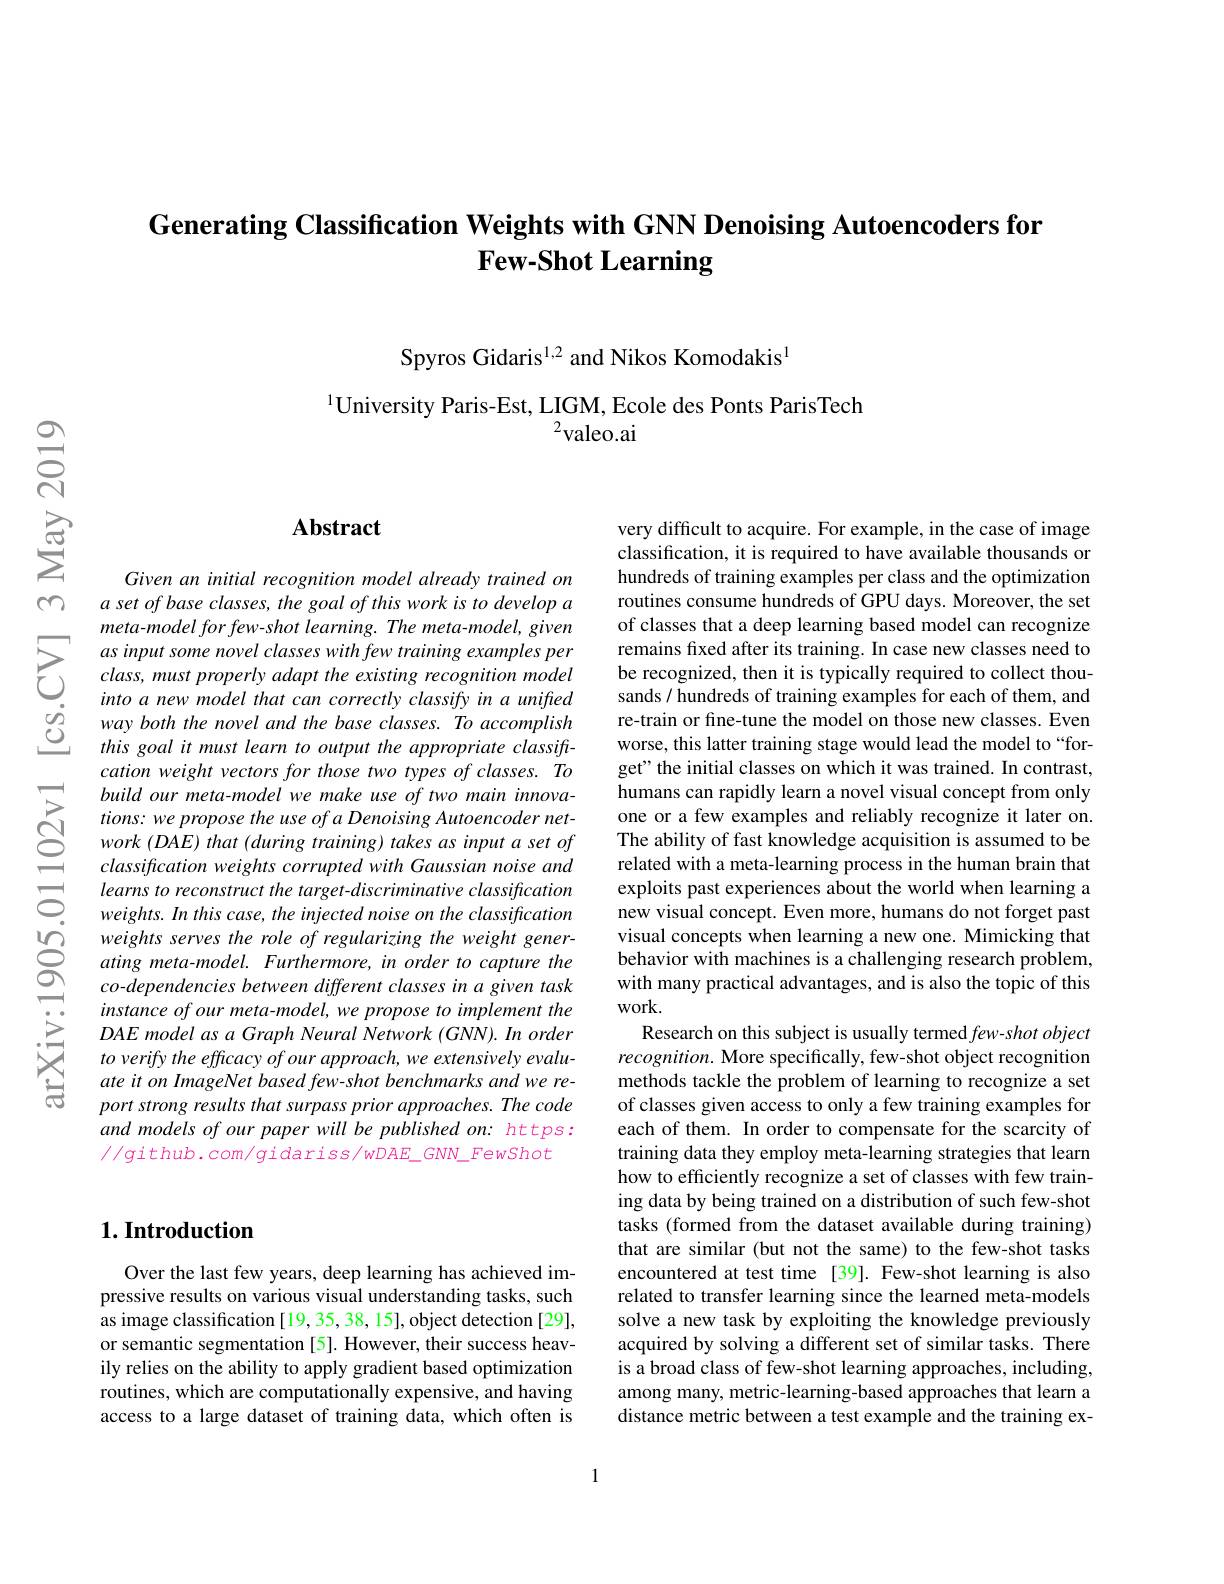
## Generating Classification Weights with GNN Denoising Autoencoders for $\textbf{Few- Shot Learning}$

Spyros Gidaris$^{1,2}$ and Nikos Komodakis$^{1}$

$^{1}$University Paris-Est, LIGM, Ecole des Ponts ParisTech
${}^{2}$valeo.ai

### $\mathbf{Abstract}$

Given an initial recognition model already trained on a set of base classes, the goal of this work is to develop a meta-model for few-shot learning. The meta-model, given as input some novel classes with few training examples per $class, must\textit{ properly adapt the existing recognition model}$ into a new model that can correctly classify in a unifted way both the novel and the base classes. To accomplish this goal it must learn to output the appropriate classiftcation weight vectors for those two types of classes. To build our meta-model we make use of two main innovations: we propose the use of a Denoising Autoencoder net- $work( DAE) \textit{ that ( during training) takes as input a set of}$ classification weights corrupted with Gaussian noise and learns to reconstruct the target-discriminative classification weights. In this case, the injected noise on the classification weights serves the role of regularizing the weight generating meta-model. Furthermore, in order to capture the co-dependencies between different classes in a given task instance of our meta-model, we propose to implement the $DAE$ model as a Graph Neural Network (GNN). In order to verify the efficacy of our approach, we extensively evaluate it on ImageNet based few-shot benchmarks and we report strong results that surpass prior approaches. The code and models of our paper will be published on: https: $//g$ithub.com/gidariss/wDAE\_GNN\_FewShot

very difficult to acquire. For example, in the case of image classification, it is required to have available thousands or hundreds of training examples per class and the optimization routines consume hundreds of GPU days. Moreover, the set of classes that a deep learning based model can recognize remains fxed after its training. In case new classes need to be recognized, then it is typically required to collect thousands / hundreds of training examples for each of them, and re-train or fine-tune the model on those new classes. Even worse, this latter training stage would lead the model to“forget" the initial classes on which it was trained. In contrast, humans can rapidly learn a novel visual concept from only one or a few examples and reliably recognize it later on. The ability of fast knowledge acquisition is assumed to be related with a meta-learning process in the human brain that exploits past experiences about the world when learning a new visual concept. Even more, humans do not forget past visual concepts when learning a new one. Mimicking that behavior with machines is a challenging research problem, with many practical advantages, and is also the topic of this work.
Research on this subject is usually termed $few- shot\textit{object}$ recognition. More specifically, few-shot object recognition methods tackle the problem of learning to recognize a set of classes given access to only a few training examples for each of them. In order to compensate for the scarcity of training data they employ meta-learning strategies that learn how to efficiently recognize a set of classes with few training data by being trained on a distribution of such few-shot tasks (formed from the dataset available during training) that are similar (but not the same) to the few-shot tasks encountered at test time [39]. Few-shot learning is also related to transfer learning since the learned meta-models solve a new task by exploiting the knowledge previously acquired by solving a different set of similar tasks. There is a broad class of few-shot learning approaches, including, among many, metric-learning-based approaches that learn a distance metric between a test example and the training ex-

# 1. Introduction

Over the last few years, deep learning has achieved impressive results on various visual understanding tasks, such as image classification [19, 35, 38, 15], object detection [29], or semantic segmentation [5]. However, their success heavily relies on the ability to apply gradient based optimization routines, which are computationally expensive, and having access to a large dataset of training data, which often is

1